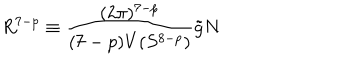
R ^ { 7 - p } \equiv \frac { ( 2 \pi ) ^ { 7 - p } } { ( 7 - p ) V ( S ^ { 8 - p } ) } \tilde { g } N